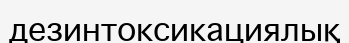
дезинтоксикациялық